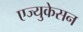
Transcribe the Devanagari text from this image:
एज्युकेसन